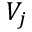
V _ { j }